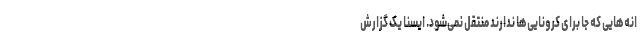
انه‌هایی که جا برای کرونایی‌ها ندارند منتقل نمی‌شود. ایسنا یک گزارش